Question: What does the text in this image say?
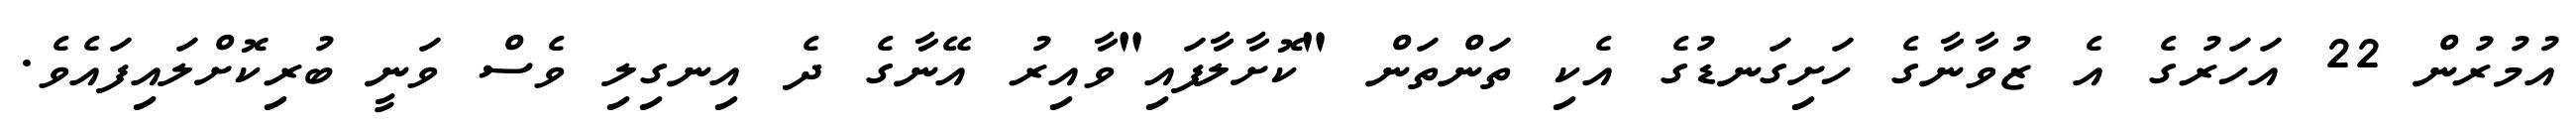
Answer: އުމުރުން 22 އަހަރުގެ އެ ޒުވާނާގެ ހަށިގަނޑުގެ އެކި ތަންތަން "ކޮށާލާފައި"ވާއިރު އޭނާގެ ދެ އިނގިލި ވެސް ވަނީ ބުރިކޮށްލައިފައެވެ.